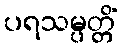
ပရသမ္ပတ္တိံ